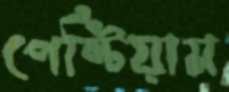
পেন্টিয়াম